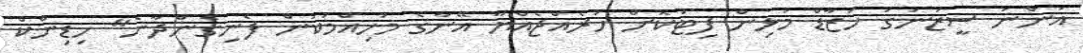
އަންނަ ސީޒަނުގަ ހަޒާޑް މުޅިން ފިޓުކޮށް ހުރެއްޖެއްޔާ އޭނާގެ މުހިއްމުކަން ފެނިގެންދާނެ" ހިޑިންކް